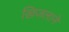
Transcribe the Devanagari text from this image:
खिजलाने